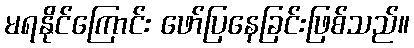
မရနိုင်ကြောင်း ဖော်ပြနေခြင်းဖြစ်သည်။